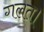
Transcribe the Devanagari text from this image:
गलत।